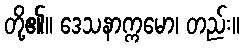
တို့၏။ ဒေသနာက္ကမော၊ တည်း။